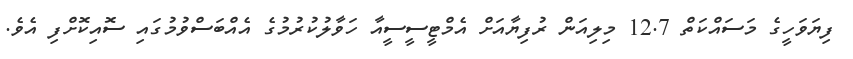
ފިޔަވަހީގެ މަސައްކަތް 12.7 މިލިއަން ރުފިޔާއަށް އެމްޓީސީސީއާ ހަވާލުކުުރުމުގެ އެއްބަސްވުމުގައި ސޮއިކޮށްފި އެވެ.